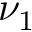
\nu _ { 1 }